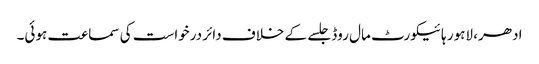
ادھر، لاہور ہائیکورٹ مال روڈ جلسے کے خلاف دائر درخواست کی سماعت ہوئی۔